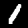
Digit: 1